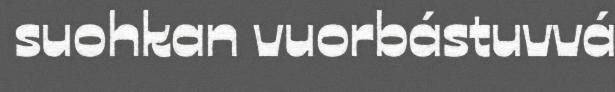
suohkan vuorbástuvvá